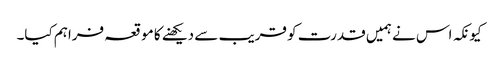
کیونکہ اس نے ہمیں قدرت کو قریب سے دیکھنے کا موقعہ فراہم کیا۔